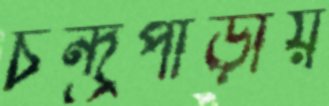
চন্দ্রপাড়ায়